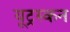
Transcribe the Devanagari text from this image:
यूट्रस्कन